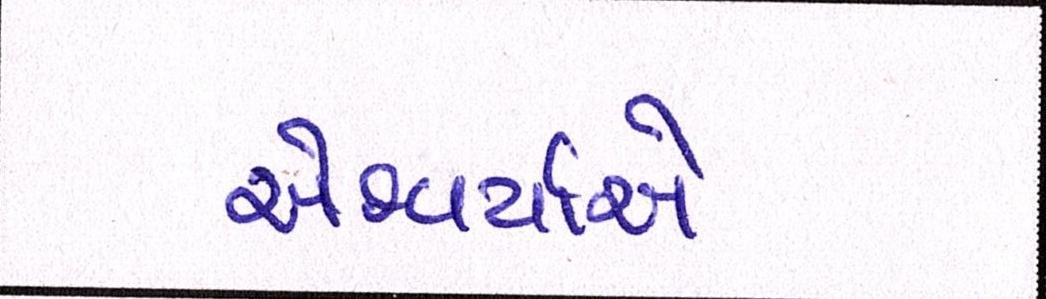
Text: ઐશ્વર્યાએ